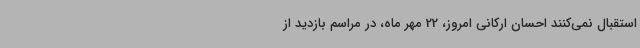
استقبال نمی‌کنند احسان ارکانی امروز، 22 مهر ماه، در مراسم بازدید از